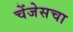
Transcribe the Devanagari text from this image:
चेंजेसचा